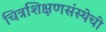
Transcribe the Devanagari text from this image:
चित्रशिक्षणसंस्थेची